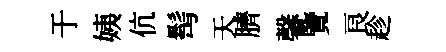
于姨伉髩天臍馨覽良趁